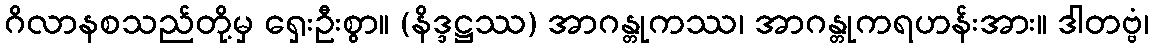
ဂိလာနစသည်တို့မှ ရှေးဦးစွာ။ (နိဒ္ဒဋ္ဌဿ) အာဂန္တုကဿ၊ အာဂန္တုကရဟန်းအား။ ဒါတဗ္ဗံ၊